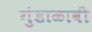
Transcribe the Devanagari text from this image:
गुंडाळावी